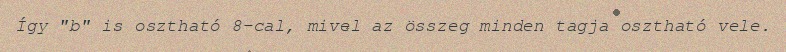
Így "b" is osztható 8-cal, mivel az összeg minden tagja osztható vele.